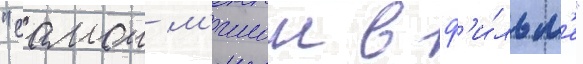
"самои м'илои в ф'и́льм'е"